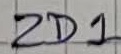
Text: ZD1